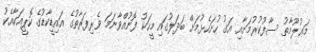
މަޢުލޫމާތު ސާފުކުރުމަށާއި އަގު ހުށަހެޅުމަށް ބަދަލުގައި މީހަކު ފޮނުއްވާނަމަ ވެރިފަރާތުގެ އައިޑީކާޑުގެ ކޮޕީއަކާއެކު